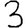
Digit: 3